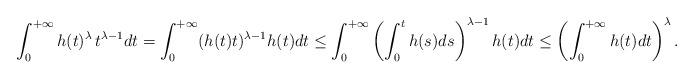
LaTeX: \begin{align*}\int_0^{+\infty} h(t)^\lambda\, t^{\lambda-1} dt= \int_0^{+\infty} (h(t)t)^{\lambda-1}h(t) dt\leq \int_0^{+\infty}\left(\int_0^t h(s) ds\right)^{\lambda-1} h(t) dt\leq \left(\int_0^{+\infty} h(t) dt\right)^\lambda.\end{align*}